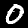
Digit: 0